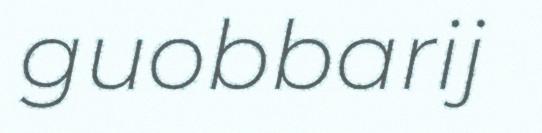
guobbarij